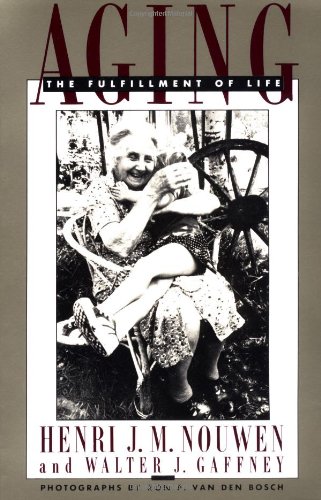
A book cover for Aging: The Fulfillment of Life; Henri J.M. Nouwen; Politics & Social Sciences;